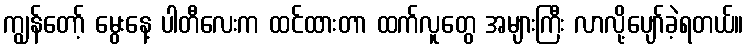
ကျွန်တော့် မွေးနေ့ ပါတီလေးက ထင်ထားတာ ထက်လူတွေ အများကြီး လာလို့ပျော်ခဲ့ရတယ်။